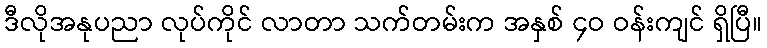
ဒီလိုအနုပညာ လုပ်ကိုင် လာတာ သက်တမ်းက အနှစ် ၄ဝ ဝန်းကျင် ရှိပြီ။